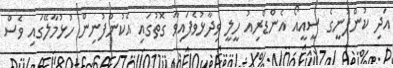
އަދި ކުންފުނީގެ ސީއީއޯ އެންޑްރިއު ހީލީ ވިދާޅުވެފައިވާ ގޮތުގައި އެކުންފުނިން ހުޅުމާލޭގައި ވެސް